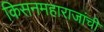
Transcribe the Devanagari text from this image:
किसनमहाराजांची